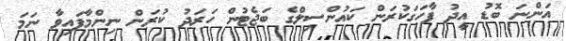
އަންނަ ބޮޑު އީދު ފާހަގަކުރަން ކައުންސިލްގެ ބަޖެޓުން ހަރަދު ކުރަން ނިންމާފައިވާ ނަމަ